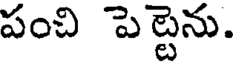
పంచి పెట్టెను.